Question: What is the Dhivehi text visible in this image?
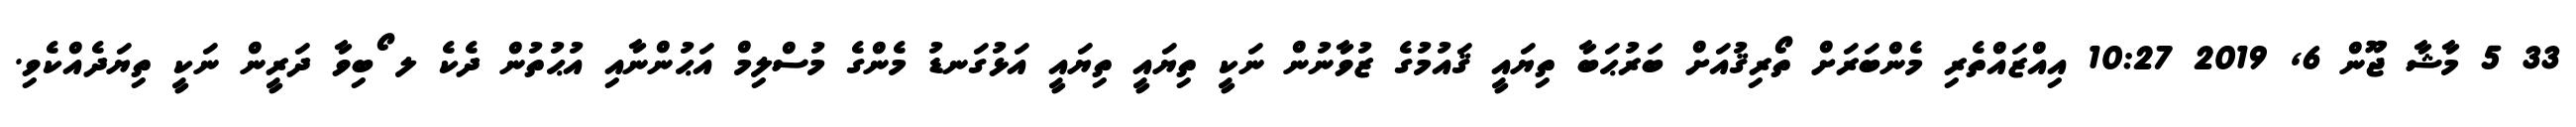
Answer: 33 5 މާޝާ ޖޫން 6, 2019 10:27 އިއްޒައްތެރި މެންބަރަށް ތޯރިޤުއަށް ބަރުޙަބާ ތިޔައީ ޤައުމުގެ ޒުވާނުން ނަކީ ތިޔައީ ތިޔައީ އަޅުގަނޑު މެންގެ މުސްލިމް އަޙުންނާއި އުޙުތުން ދެކެ ލ ޯބިވާ ދަރީން ނަކީ ތިޔަދެއްކެވި.